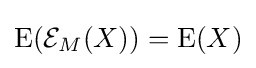
\operatorname {E} ({\mathcal {E}}_{M}(X))=\operatorname {E} (X)